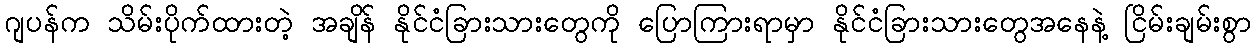
ဂျပန်က သိမ်းပိုက်ထားတဲ့ အချိန် နိုင်ငံခြားသားတွေကို ပြောကြားရာမှာ နိုင်ငံခြားသားတွေအနေနဲ့ ငြိမ်းချမ်းစွာ